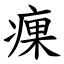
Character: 㾧